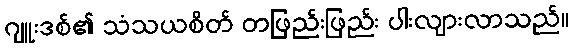
ဂျူးဒစ်၏ သံသယစိတ် တဖြည်းဖြည်း ပါးလျားလာသည်။